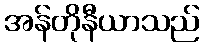
အန်တိုနီယာသည်